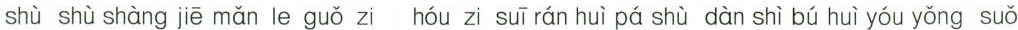
shù shù shàng jiē mǎn le guǒ zi hóu zi suī rán huì pá shù dàn shì bú huì yóu yǒng suǒ